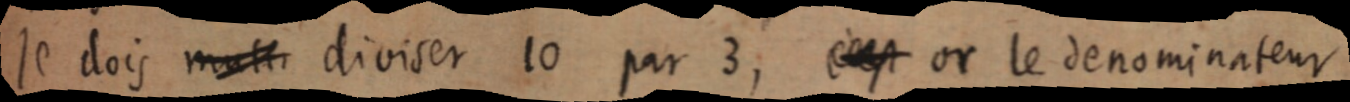
Je dois [maint] diviser 10 par 3, [c’est] or le dénominateur